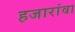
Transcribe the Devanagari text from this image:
हजारांवा